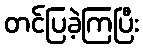
တင်ပြခဲ့ကြပြီး